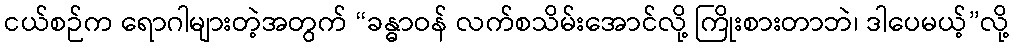
ငယ်စဉ်က ရောဂါများတဲ့အတွက် “ခန္ဓာဝန် လက်စသိမ်းအောင်လို့ ကြိုးစားတာဘဲ၊ ဒါပေမယ့်”လို့